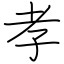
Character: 孝